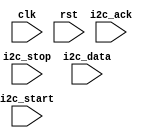
module i2c_timing_control_sync(
    input wire clk,
    input wire rst,
    input wire i2c_start,
    input wire i2c_stop,
    input wire i2c_data,
    input wire i2c_ack,
    // Add additional input and output signals as needed
    
    // Add your code here
    
);

    // Add your code here

endmodule